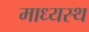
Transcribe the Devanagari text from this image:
माध्यस्थ